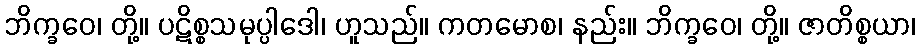
ဘိက္ခဝေ၊ တို့။ ပဋိစ္စသမုပ္ပါဒေါ၊ ဟူသည်။ ကတမောစ၊ နည်း။ ဘိက္ခဝေ၊ တို့။ ဇာတိစ္စယာ၊